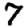
Digit: 7